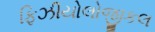
ફિઝીયોલોજીકલ